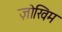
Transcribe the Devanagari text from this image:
ज़ोखिम